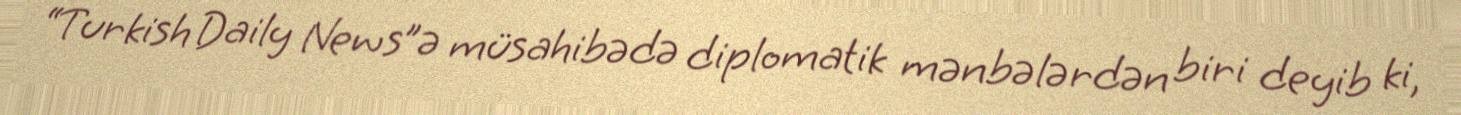
“Turkish Daily News”ə müsahibədə diplomatik mənbələrdən biri deyib ki,